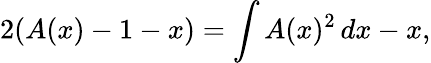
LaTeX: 2(A(x)-1-x)=\int A(x)^{2}\, dx-x,